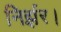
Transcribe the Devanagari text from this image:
निर्झर।